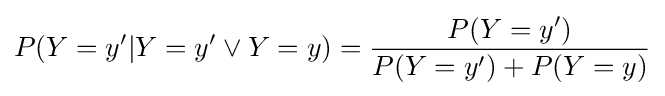
P(Y=y'|Y=y'\vee Y=y)={\frac {P(Y=y')}{P(Y=y')+P(Y=y)}}